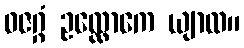
ဓဇဂ္ဂံ ဥလ္လောကေ ယျာထ။